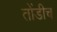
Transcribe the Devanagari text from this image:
तोंडीच